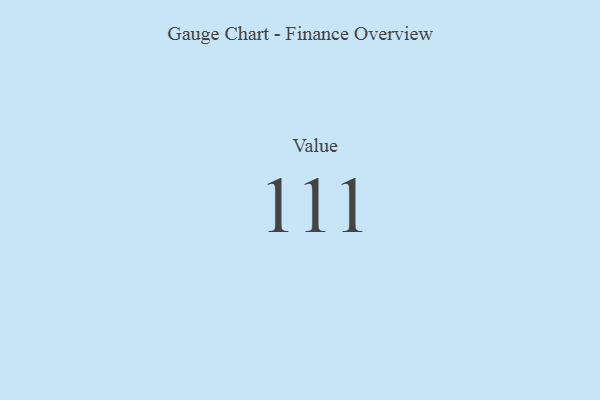
{"axis": {"x": "Metric", "y": "Value"}, "legend": [""], "data": [{"x": "Value", "y": 111, "type": ""}]}